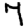
Digit: 7